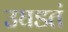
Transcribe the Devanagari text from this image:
उघडतं